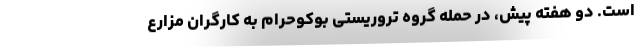
است. دو هفته پیش، در حمله گروه تروریستی بوکوحرام به کارگران مزارع